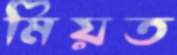
মিয়ত